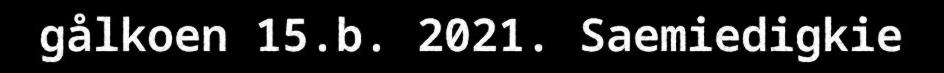
gålkoen 15.b. 2021. Saemiedigkie